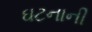
ઘટનાની